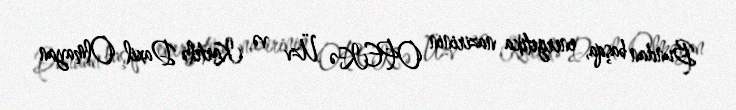
Bundan başqa, energetika nazirinin OPEK-ə Üzv və Kartelə Daxil Olmayan